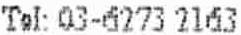
TEL: 03-6273 2163